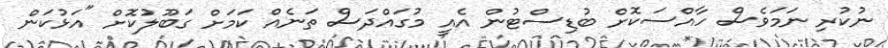
ނުކުރި ނަމަވެސް ހާއްސަކޮށް ބުޑިސްޓުން އެއީ މުގައްދަސް ތަނެއް ކަމަށް ގަބޫލުކޮށް "އަޅުކަން